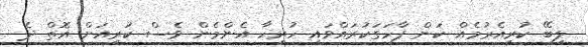
ލިބޭ ކުރިއެރުމެއް ކަން ފާހަގަކުރައްވައި ހުރިހާ އެންމެން ވެސް ކުރިއަށް އޮތް ދެ